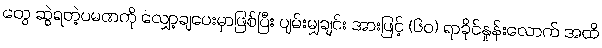
တွေ ဆွဲရတဲ့ပမဏကို လျှော့ချပေးမှာဖြစ်ပြီး ပျမ်းမျှချင်း အားဖြင့် (၆၀) ရာခိုင်နှုန်းလောက် အထိ